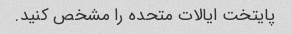
پایتخت ایالات متحده را مشخص کنید.